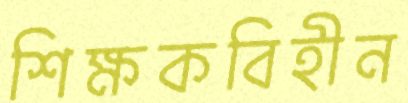
শিক্ষকবিহীন